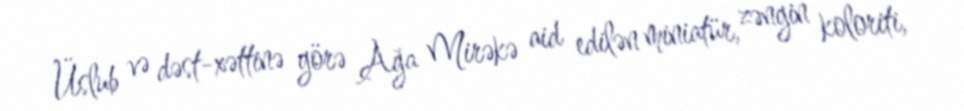
Üslub və dəst-xəttinə görə Ağa Mirəkə aid edilən miniatür, zəngin koloriti,